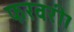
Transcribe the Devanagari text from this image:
फरवरी।